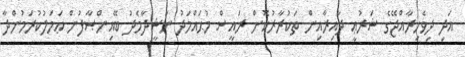
އަދި ދިވެހިރާއްޖޭގެ ޝަރުޢީ ދާއިރާއިން ތަކުރާރުކޮށް ރައީސް މުޙައްމަދު ނަޝީދާމެދު ބޭއިންޞާފުން ޢަމަލުކުރަމުންދާ